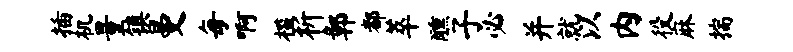
插机量镇曼每啊槛析鄣都萃醺子必并就以内役麻揣